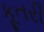
કૂતરી